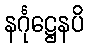
နင်္ဂုဋ္ဌေနပိ